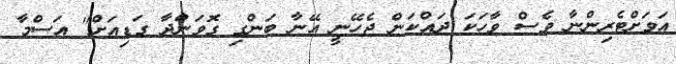
އަވަށްޓެރިންނާ ވެސް ވާހަކަ ދައްކަން ޖެހޭނީ އޭނާ ބަންގި ގޮވަންދާ ގަޑިއަށް" އަސްމާ